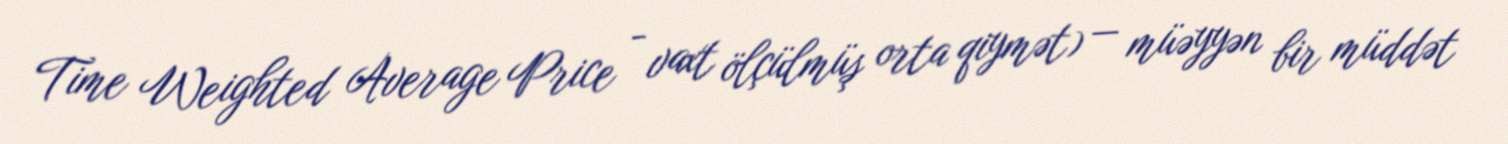
Time Weighted Average Price - vaxt ölçülmüş orta qiymət) — müəyyən bir müddət